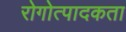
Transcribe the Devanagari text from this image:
रोगोत्पादकता